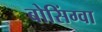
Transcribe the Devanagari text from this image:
बोसिंग्वा